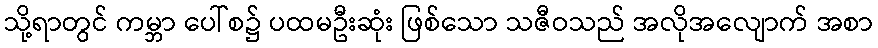
သို့ရာတွင် ကမ္ဘာ ပေါ်စ၌ ပထမဦးဆုံး ဖြစ်သော သဇီဝသည် အလိုအလျောက် အစာ